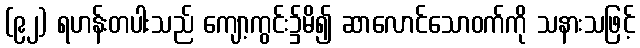
(၉၂) ရဟန်းတပါးသည် ကျော့ကွင်း၌မိ၍ ဆာလောင်သောဝက်ကို သနားသဖြင့်